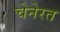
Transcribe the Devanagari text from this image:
चेनेरत